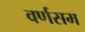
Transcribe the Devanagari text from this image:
वर्णसम